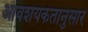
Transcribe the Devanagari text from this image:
आवशयकतानुसार